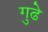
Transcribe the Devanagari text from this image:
गुढे